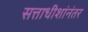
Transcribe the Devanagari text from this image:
सत्ताधीशांनंतर